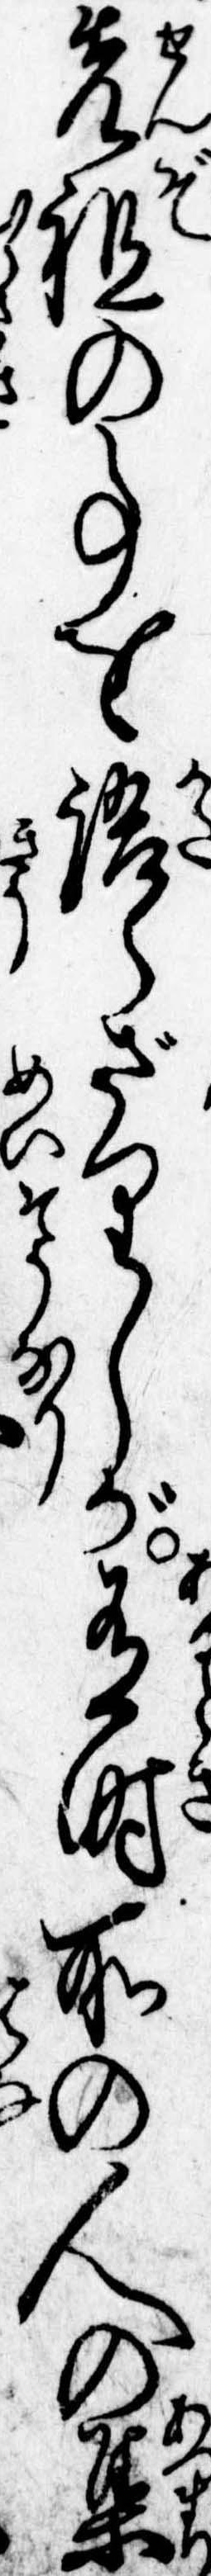
先祖の事を語らざりしが有時所の人の集